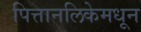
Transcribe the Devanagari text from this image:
पित्तानलिकेमधून